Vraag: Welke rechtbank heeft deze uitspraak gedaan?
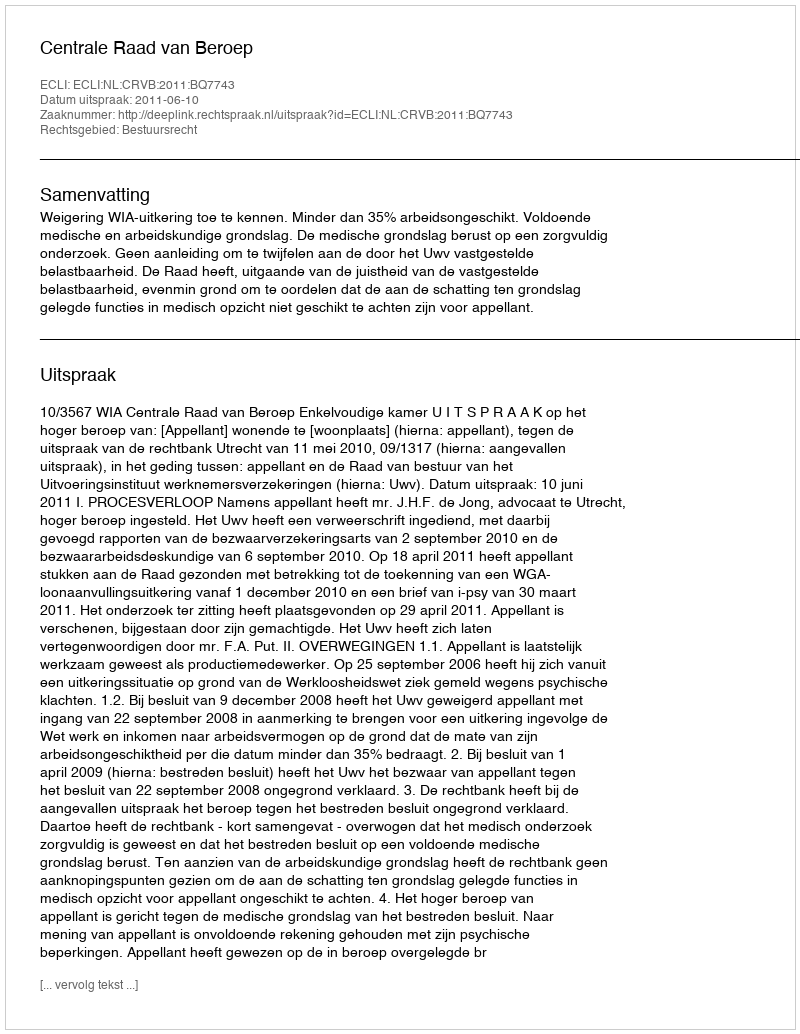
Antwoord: Centrale Raad van Beroep